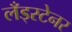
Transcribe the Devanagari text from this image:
लँड्स्टेनर